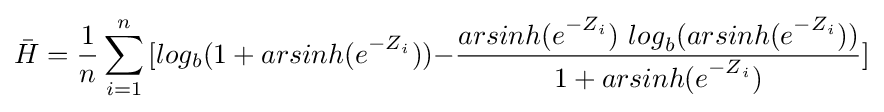
{\bar {H}}={\frac {1}{n}}\sum _{i=1}^{n}{[log_{b}(1+{arsinh(e}^{{-Z}_{i}}))-}{\frac {{arsinh(e}^{{-Z}_{i}})\ {log}_{b}{(arsinh(e}^{{-Z}_{i}}))}{1+{arsinh(e}^{{-Z}_{i}})}}]